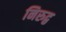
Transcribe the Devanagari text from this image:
निरुद्व